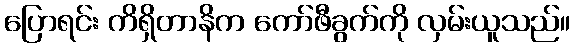
ပြောရင်း ကိရှိတာနိက ကော်ဖီခွက်ကို လှမ်းယူသည်။